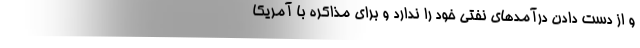
و از دست دادن درآمدهای نفتی خود را ندارد و برای مذاکره با آمریکا